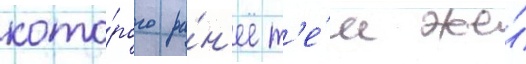
кото́рого ра́н'ее т'е́м же́